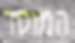
המוסד